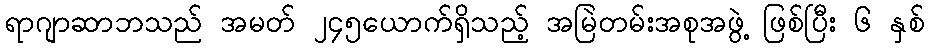
ရာဂျာဆာဘသည် အမတ် ၂၄၅ယောက်ရှိသည့် အမြဲတမ်းအစုအဖွဲ့ ဖြစ်ပြီး ၆ နှစ်